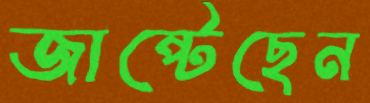
জাপ্‌টেছেন